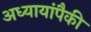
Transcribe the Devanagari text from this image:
अध्यायांपैकी